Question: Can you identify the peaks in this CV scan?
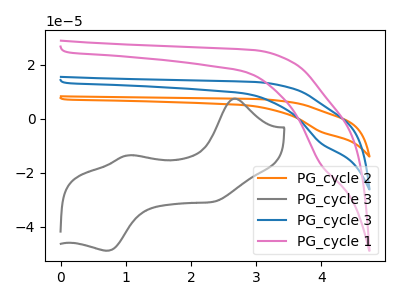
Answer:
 <answer>The orange curve "PG_cycle 2" has a cathodic peak at: (4.00V, -17.90uA). The gray curve "PG_cycle 3" has anodic peaks at (2.65V, 7.40uA) (1.05V, -13.60uA) and cathodic peaks at (2.35V, -30.65uA) (0.70V, -48.90uA). The blue curve "PG_cycle 3" has a cathodic peak at: (4.00V, -8.95uA). The pink curve "PG_cycle 1" has a cathodic peak at: (4.00V, -16.70uA).</answer>
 <eval></eval>